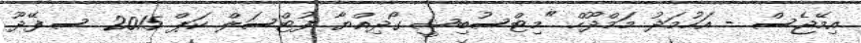
އިމޭޖެސް - އަހުމަދު މަމްދޫހް "މިޓްސުބިޝީ ގޯދިއްޔާ ފުޓްސަލް ކަޕް 2015 ސ.ފޭދޫ